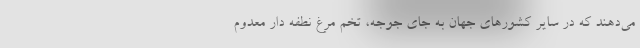
می‌دهند که در سایر کشور‌های جهان به جای جوجه، تخم مرغ نطفه دار معدوم